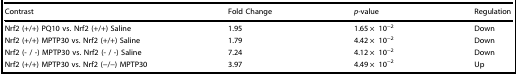
<table><thead><tr><td><b>Contrast</b></td><td><b>Fold Change</b></td><td><b><i>p</i>-value</b></td><td><b>Regulation</b></td></tr></thead><tbody><tr><td>Nrf2 (+/+) PQ10 vs. Nrf2 (+/+) Saline</td><td>1.95</td><td>1.65 ×10<sup>−2</sup></td><td>Down</td></tr><tr><td>Nrf2 (+/+) MPTP30 vs. Nrf2 (+/+) Saline</td><td>1.79</td><td>4.42 ×10<sup>−2</sup></td><td>Down</td></tr><tr><td>Nrf2 (- / -) MPTP30 vs. Nrf2 (- / -) Saline</td><td>7.24</td><td>4.12 ×10<sup>−2</sup></td><td>Down</td></tr><tr><td>Nrf2 (+/+) MPTP30 vs. Nrf2 (−/−) MPTP30</td><td>3.97</td><td>4.49 ×10<sup>−2</sup></td><td>Up</td></tr></tbody></table>